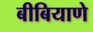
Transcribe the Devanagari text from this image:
बीबियाणे